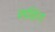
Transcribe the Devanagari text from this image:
सकिंग